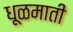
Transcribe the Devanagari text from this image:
धूळमाती